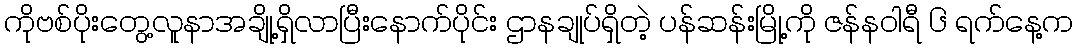
ကိုဗစ်ပိုးတွေ့လူနာအချို့ရှိလာပြီးနောက်ပိုင်း ဌာနချုပ်ရှိတဲ့ ပန်ဆန်းမြို့ကို ဇန်နဝါရီ ၆ ရက်နေ့က